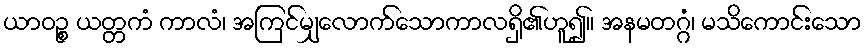
ယာဝဉ္စ ယတ္တကံ ကာလံ၊ အကြင်မျှလောက်သောကာလရှိ၏ဟူ၍။ အနမတဂ္ဂံ၊ မသိကောင်းသော